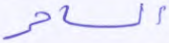
الساحر